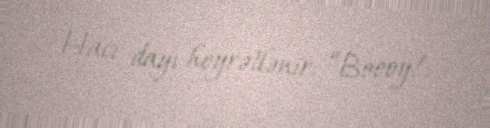
Hacı dayı heyrətlənir: “Boooy!.